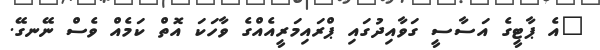
"އެ ޕާޓީގެ އަސާސީ ގަވާއިދުގައި ޕްރައިމަރީއެއްގެ ވާހަކަ އޮތް ކަމެއް ވެސް ނޭނގޭ.